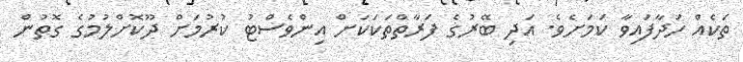
ތަކެއް ހަދާފައިވާ ކަމަށެވެ. އަދި ބޭރުގެ ފަރާތްތަކަކަށް އިންވެސްޓު ކުރުމަށް ދޫކޮށްލުމުގެ ގޮތުން